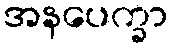
အနပေက္ခာ